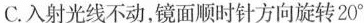
C.入射光线不动，镜面顺时针方向旋转20^{\circ}